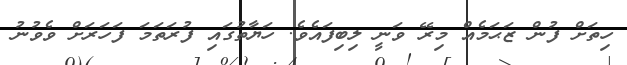
ހިތަށް ފުން ޒަޙަމެއް މިރޭ ވަނީ ލިބިފައެވެ. ހަޔާތުގައި ފުރަތަމަ ފަހަރަށް ވެވުނު